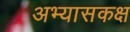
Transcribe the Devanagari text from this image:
अभ्यासकक्ष